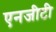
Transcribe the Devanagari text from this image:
एनजीटी